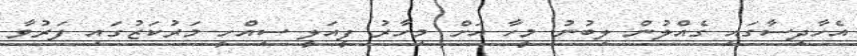
އެހާދިސާގައި ގެއްލުން ލިބުނު މީހާ އަށް މިހާރު ފީއަލީ ސިއްހީ މަރުކަޒުގައި ފަރުވާ